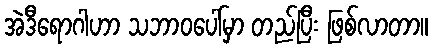
အဲဒီရောဂါဟာ သဘာဝပေါ်မှာ တည်ပြီး ဖြစ်လာတာ။